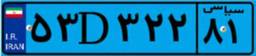
۰۸D۹۳۹۶۴